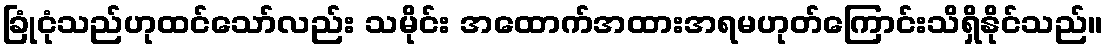
ခြုံငုံသည်ဟုထင်သော်လည်း သမိုင်း အထောက်အထားအရမဟုတ်ကြောင်းသိရှိနိုင်သည်။